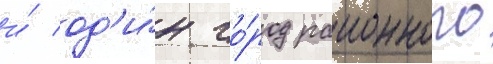
и́ од'и́н го́род раионного